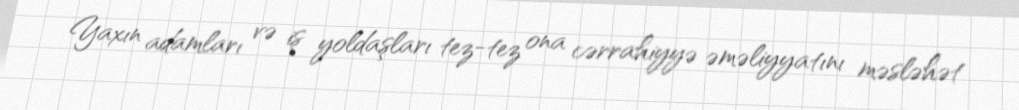
Yaxın adamları və iş yoldaşları tez-tez ona cərrahiyyə əməliyyatını məsləhət